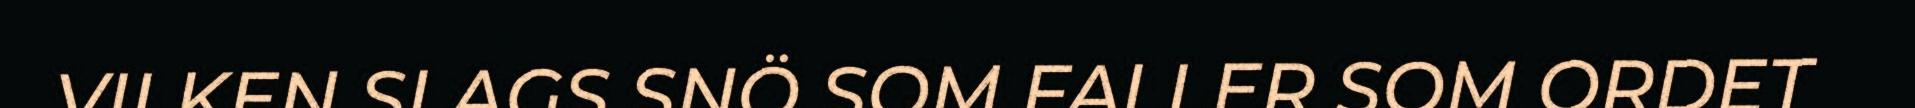
VILKEN SLAGS SNÖ SOM FALLER SOM ORDET